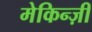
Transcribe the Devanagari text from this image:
मेकिन्ज़ी